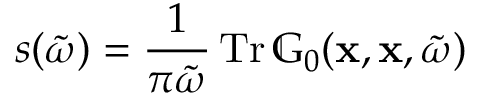
s ( \tilde { \omega } ) = \frac { 1 } { \pi \tilde { \omega } } \operatorname { T r } \mathbb { G } _ { 0 } ( \mathbf { x } , \mathbf { x } , \tilde { \omega } )